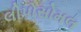
લીપોસોમલ